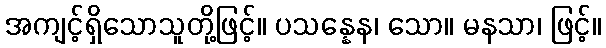
အကျင့်ရှိသောသူတို့ဖြင့်။ ပသန္နေန၊ သော။ မနသာ၊ ဖြင့်။